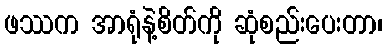
ဖဿက အာရုံနဲ့စိတ်ကို ဆုံစည်းပေးတာ၊